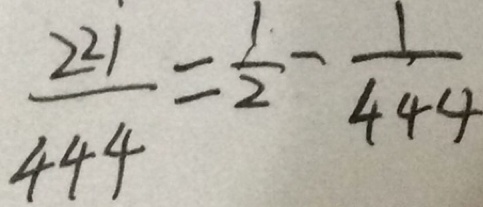
\frac { 2 2 1 } { 4 4 4 } = \frac { 1 } { 2 } - \frac { 1 } { 4 4 4 }